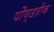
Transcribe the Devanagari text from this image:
पौण्डरीक